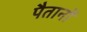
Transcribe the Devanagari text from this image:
पैतानों